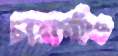
চারাগাঁও